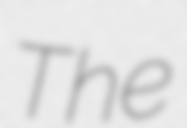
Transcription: The